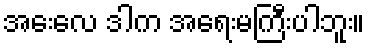
အေးလေ ဒါက အရေးမကြီးပါဘူး။